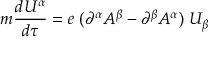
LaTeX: m \frac { d U ^ { \alpha } } { d \tau } = e \; ( \partial ^ { \alpha } { \cal A } ^ { \beta } - \partial ^ { \beta } { \cal A } ^ { \alpha } ) \; U _ { \beta }